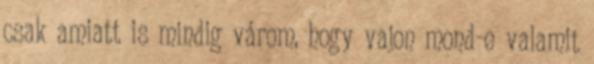
csak amiatt is mindig várom, hogy vajon mond-e valamit